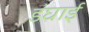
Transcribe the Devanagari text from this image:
डंघाई